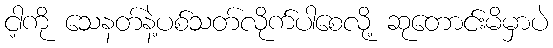
ငါ့ကို သေနတ်နဲ့ပစ်သတ်လိုက်ပါစေလို့ ဆုတောင်းမိမှာပဲ